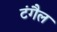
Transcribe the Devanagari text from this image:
टंगैल